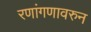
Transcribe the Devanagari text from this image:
रणांगणावरुन